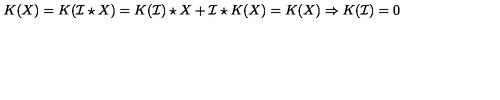
K ( X ) = K ( \mathcal { I } \star X ) = K ( \mathcal { I } ) \star X + \mathcal { I } \star K ( X ) = K ( X ) \Rightarrow K ( \mathcal { I } ) = 0